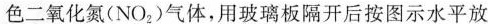
色二氧化氮(NO_{2})气体，用玻璃板隔开后按图示水平放